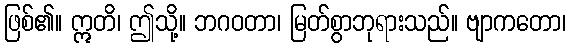
ဖြစ်၏။ ဣတိ၊ ဤသို့။ ဘဂဝတာ၊ မြတ်စွာဘုရားသည်။ ဗျာကတော၊